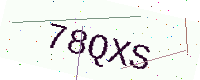
Text: 78QXS